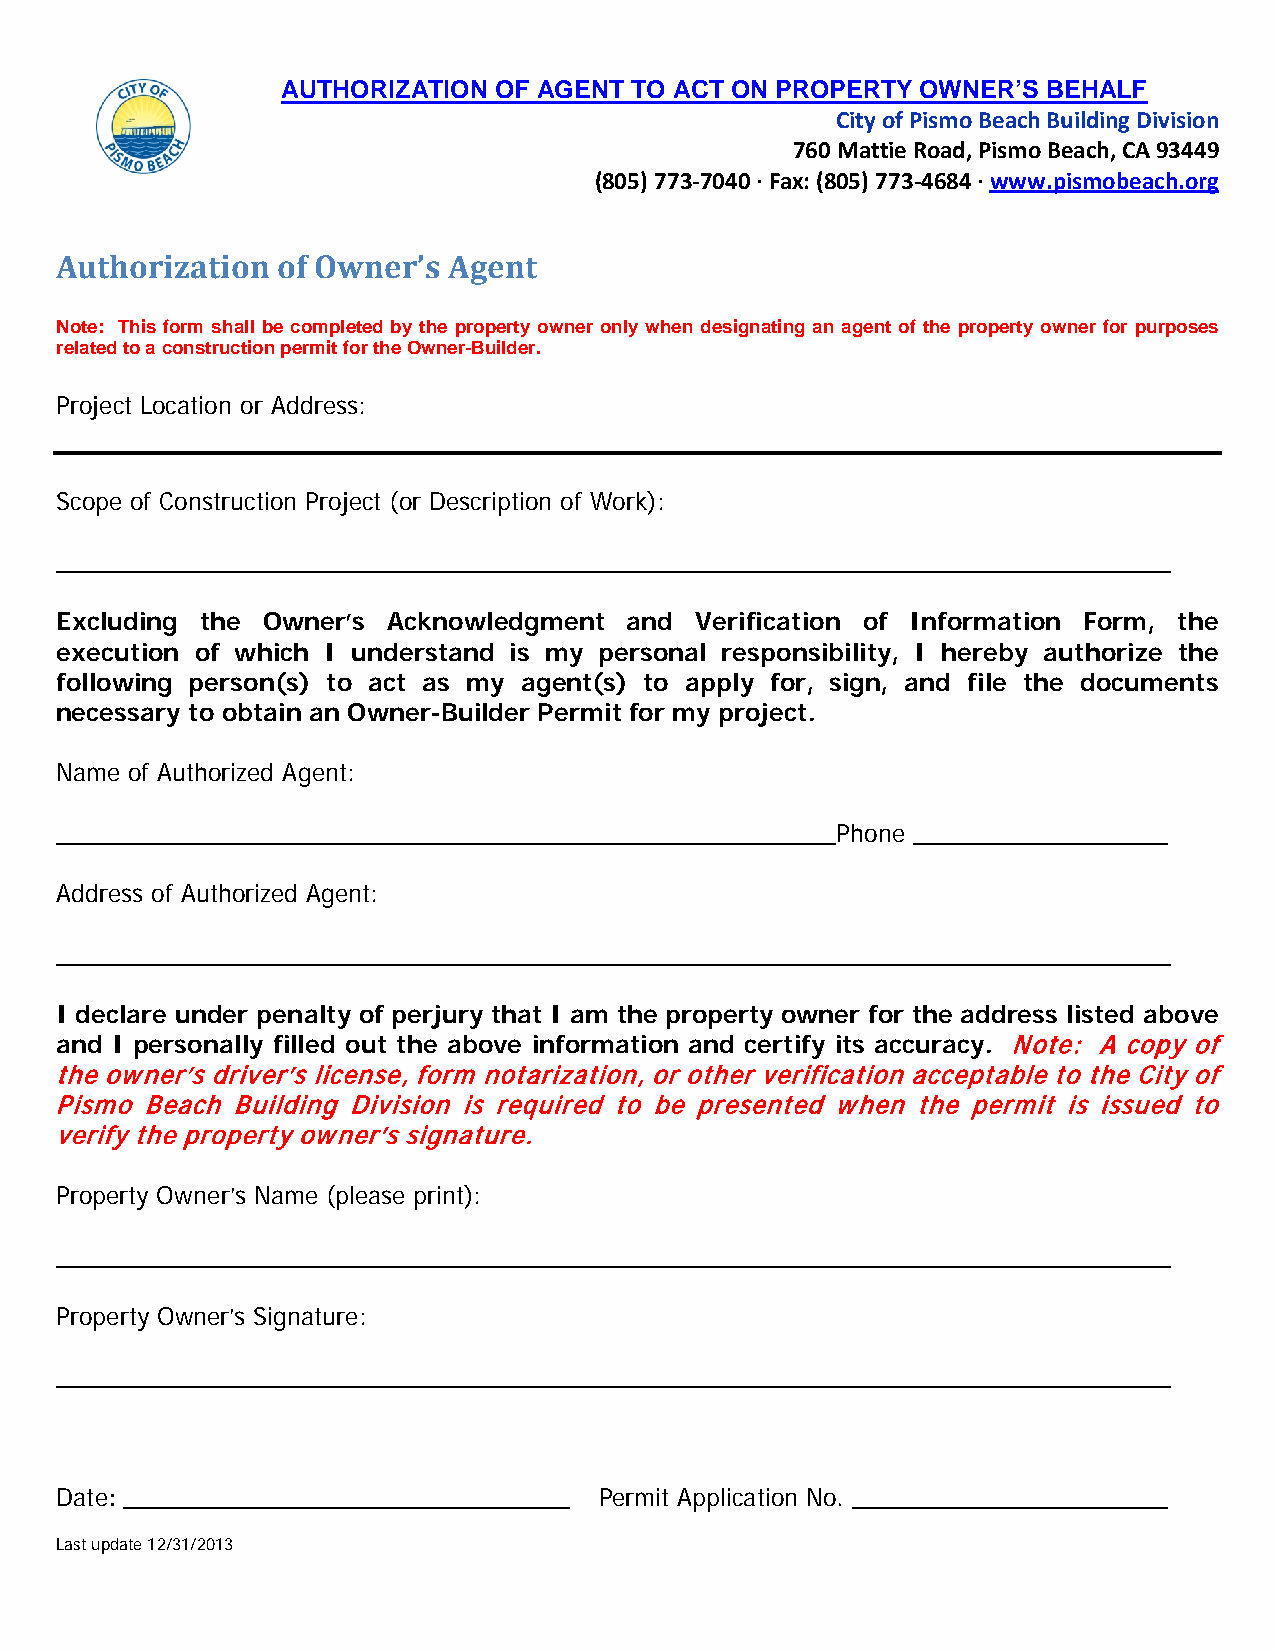
AUTHORIZATION OF AGENT TO ACT ON PROPERTY OWNER’S BEHALF
 City of Pismo Beach Building Division
 760 Mattie Road, Pismo Beach, CA 93449
 (805) 773-7040 · Fax: (805) 773-4684 · www.pismobeach.org
 Authorization of Owner’s  Agent
 Note: This form shall be completed by the property owner only when designating an agent of the property owner for purposes
 related to a construction permit for the Owner-Builder.
 Project Location or Address:
 Scope of Construction Project (or Description of Work):
 ______________________________________________________________________
 Excluding the Owner’s Acknowledgment  and Verification of Information Form, the
 execution of which I understand is my personal responsibility, I hereby authorize the
 following person(s) to act as my agent(s) to apply for, sign, and file the documents
 necessary to obtain an Owner-Builder Permit for my project.
 Name of Authorized Agent:
 _________________________________________________Phone  ________________
 Address of Authorized Agent:
 ______________________________________________________________________
 I declare under penalty of perjury that I am the property owner for the address listed above
 and I personally filled out the above information and certify its accuracy. Note: A copy of
 the owner’s driver’s license, form notarization, or other verification acceptable to the City of
 Pismo Beach Building Division is required to be presented when the permit is issued to
 verify the property owner’s signature.
 Property Owner’s Name (please print):
 ______________________________________________________________________
 Property Owner’s Signature:
 ______________________________________________________________________
 Date: ____________________________  Permit Application No. ____________________
 Last update 12/31/2013